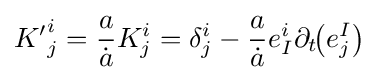
{K'}_{j}^{i}={\frac {a}{\dot {a}}}K_{j}^{i}=\delta _{j}^{i}-{\frac {a}{\dot {a}}}e_{I}^{i}\partial _{t}\!\!\left(e_{j}^{I}\right)